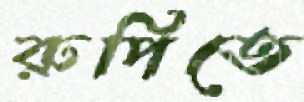
রুপিতে